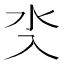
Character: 𣱸